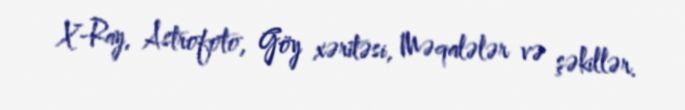
X-Ray, Astrofoto, Göy xəritəsi, Məqalələr və şəkillər.